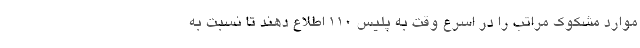
موارد مشکوک مراتب را در اسرع وقت به پلیس 110 اطلاع دهند تا نسبت به